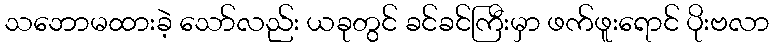
သဘောမထားခဲ့ သော်လည်း ယခုတွင် ခင်ခင်ကြီးမှာ ဖက်ဖူးရောင် ပိုးဗလာ